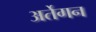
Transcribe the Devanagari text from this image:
अर्तेगन